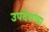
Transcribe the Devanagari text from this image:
उपदेशांचा